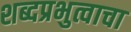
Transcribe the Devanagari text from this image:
शब्दप्रभुत्वाचा